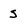
Character: S